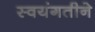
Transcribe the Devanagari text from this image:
स्वयंगतीने